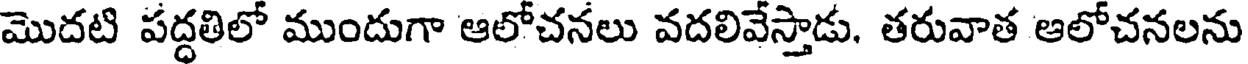
మొదటి పద్ధతిలో ముందుగా ఆలోచనలు వదలివేస్తాడు. తరువాత ఆలోచనలను